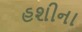
હશીના